Lunatic asylums Punjab 1895-1910 - 1895-1910
Year: 1895
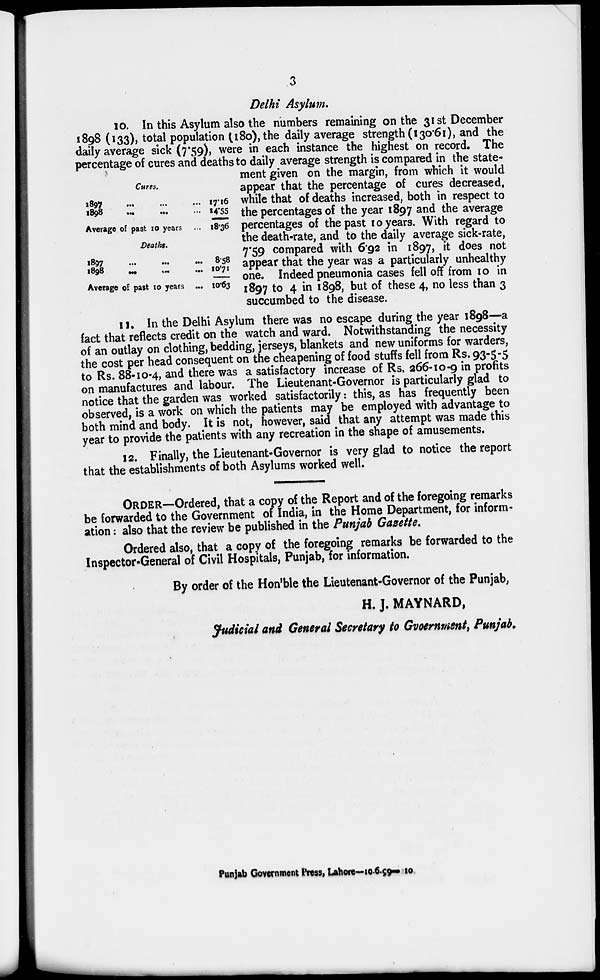
3
Delhi Asylum.
Cures.
1897
...
...
...
1898 ... ... ...
Average of past 10 years ...
17.16
14.55
18.36
Deaths.
1897 ... ... ...
1898
...
...
...
Average of past 10 years ...
8.58
10.71
10.63
10. In this Asylum also the numbers remaining on the 31st December
1898 (133), total population (180),the daily average strength(130.61), and the
daily average sick (7.59), were in each instance the highest on record. The
percentage of cures and deaths to daily average strength is compared in the state-
ment given on the margin, from which it would
appear that the percentage of cures decreased,
while that of deaths increased, both in respect to
the percentages of the year 1897 and the average
percentages of the past 10 years. With regard to
the death-rate, and to the daily average sick-rate,
7.59 compared with 6.92 in 1897, it does not
appear that the year was a particularly unhealthy
one. Indeed pneumonia cases fell off from 10 in
1897 to 4 in 1898, but of these 4, no less than 3
succumbed to the disease.
11. In the Delhi Asylum there was no escape during the year 1898—a
fact that reflects credit on the watch and ward. Notwithstanding the necessity
of an outlay on clothing, bedding, jerseys, blankets and new uniforms for warders,
the cost per head consequent on the cheapening of food stuffs fell from Rs. 93-5-5
to Rs. 88-10-4, and there was a satisfactory increase of Rs. 266-10-9 in profits
on manufactures and labour. The Lieutenant-Governor is particularly glad to
notice that the garden was worked satisfactorily: this, as has frequently been
observed, is a work on which the patients may be employed with advantage to
both mind and body. It is not, however, said that any attempt was made this
year to provide the patients with any recreation in the shape of amusements.
12. Finally, the Lieutenant-Governor is very glad to notice the report
that the establishments of both Asylums worked well.
ORDER—Ordered, that a copy of the Report and of the foregoing remarks
be forwarded to the Government of India, in the Home Department, for inform-
ation : also that the review be published in the Punjab Gazette.
Ordered also, that a copy of the foregoing remarks be forwarded to the
Inspector-General of Civil Hospitals, Punjab, for information.
By order of the Hon'ble the Lieutenant-Governor of the Punjab,
H. J. MAYNARD,
Judicial and General Secretary to Government, Punjab.
Punjab Government Press, Lahore—10.6.99—10